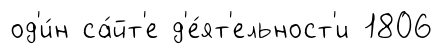
од'и́н са́йт'е д'е́ят'ельност'и 1806